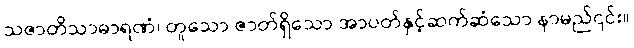
သဇာတိသာဓာရဏံ၊ တူသော ဇာတ်ရှိသော အာပတ်နှင့်ဆက်ဆံသော နာမည်၎င်း။